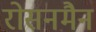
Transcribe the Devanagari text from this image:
रोसनमैन